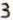
3